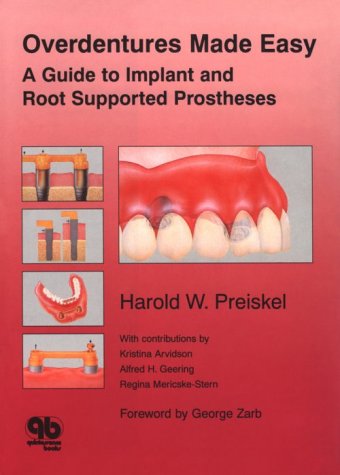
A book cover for Overdentures Made Easy: A Guide to Implant and Root Supported Prostheses; Harold W. Preiskel; Medical Books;